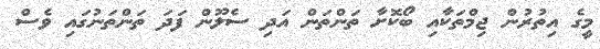
މީގެ އިތުރުން ޖިމްތަކާއި ބޯކޮށާ ތަންތަން އަދި ސެލޫން ފަދަ ތަންތަނުގައި ވެސް